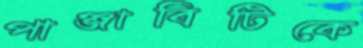
পাঞ্জাবিটিকে